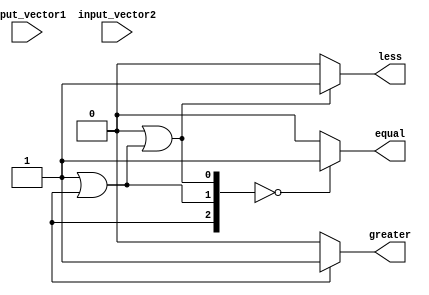
module comparator(
    input [3:0] input_vector1,
    input [3:0] input_vector2,
    output equal,
    output greater,
    output less
);

wire [3:0] bit_comparison_results;
wire [2:0] final_comparison_result;

// Comparing each bit of the input vectors
xor x0(input_vector1[0], input_vector2[0], bit_comparison_results[0]);
xor x1(input_vector1[1], input_vector2[1], bit_comparison_results[1]);
xor x2(input_vector1[2], input_vector2[2], bit_comparison_results[2]);
xor x3(input_vector1[3], input_vector2[3], bit_comparison_results[3]);

// Combining the results to determine final comparison result
or o1(bit_comparison_results[0], bit_comparison_results[1], final_comparison_result[0]);
or o2(final_comparison_result[0], bit_comparison_results[2], final_comparison_result[1]);
or o3(final_comparison_result[1], bit_comparison_results[3], final_comparison_result[2]);

assign equal = (final_comparison_result == 3'b000) ? 1 : 0;
assign greater = (final_comparison_result[2] == 1) ? 1 : 0;
assign less = (final_comparison_result[0] == 1) ? 1 : 0;

endmodule